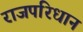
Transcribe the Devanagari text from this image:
राजपरिधान